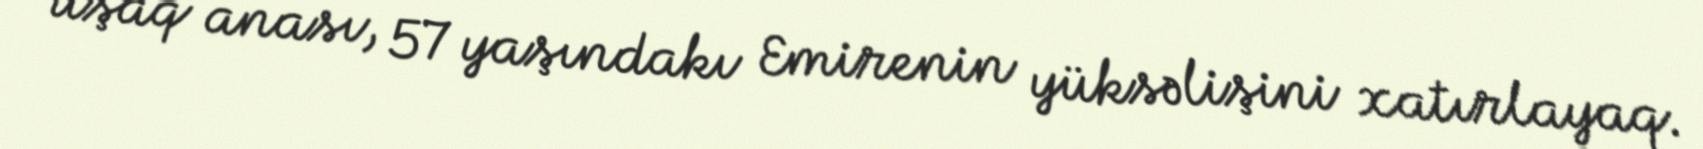
uşaq anası, 57 yaşındakı Emirenin yüksəlişini xatırlayaq.